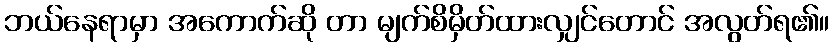
ဘယ်နေရာမှာ အကောက်ဆို တာ မျက်စိမှိတ်ထားလျှင်တောင် အလွတ်ရ၏။